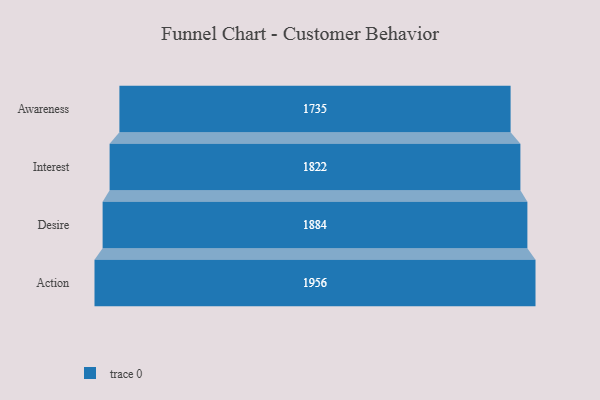
{"axis": {"x": "Stage", "y": "Value"}, "legend": [""], "data": [{"x": "Awareness", "y": 1735.0, "type": ""}, {"x": "Interest", "y": 1822.0, "type": ""}, {"x": "Desire", "y": 1884.0, "type": ""}, {"x": "Action", "y": 1956.0, "type": ""}]}